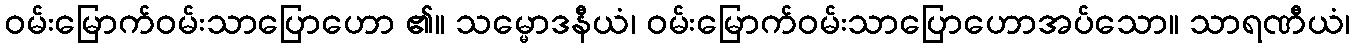
ဝမ်းမြောက်ဝမ်းသာပြောဟော ၏။ သမ္မောဒနီယံ၊ ဝမ်းမြောက်ဝမ်းသာပြောဟောအပ်သော။ သာရဏီယံ၊